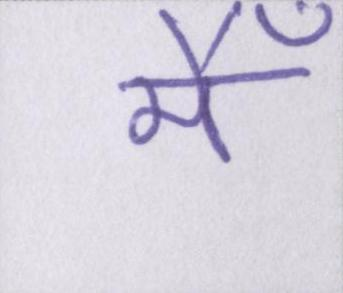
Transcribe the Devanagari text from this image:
मैँ